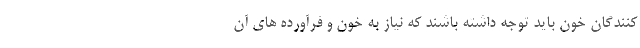
کنندگان خون باید توجه داشته باشند که نیاز به خون و فرآورده های آن